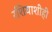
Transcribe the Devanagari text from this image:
रशियाशीही